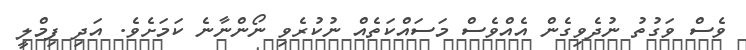
ވެސް ވަގުތު ނުދެވިގެން އެއްވެސް މަސައްކަތެއް ނުކުރެވި ނޯންނާނެ ކަމަށެވެ. އަދި ފިމްލީ